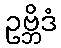
ဥဗ္ဘိဒံ